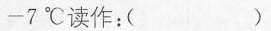
-7℃读作：( )